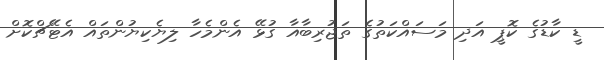
ޑީ ކާޑުގެ ކޮޕީ އަދި މަސައްކަތުގެ ތަޖުރިބާއާ ގުޅޭ އެންމެހާ ލިޔެކިޔުންތައް އެޓޭޗްކޮށް